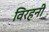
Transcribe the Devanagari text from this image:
विरहनी